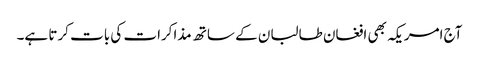
آج امریکہ بھی افغان طالبان کے ساتھ مذاکرات کی بات کرتا ہے۔